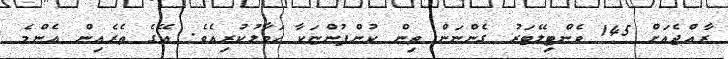
ރާއްޖެއަށް 145 ވެންޓިލޭޓަރު ގެންނަން ތިން ކުންފުންޏަކާ ހަވާލުކުރިއެވެ. އޭގެ ތެރެއިން އެންމެ